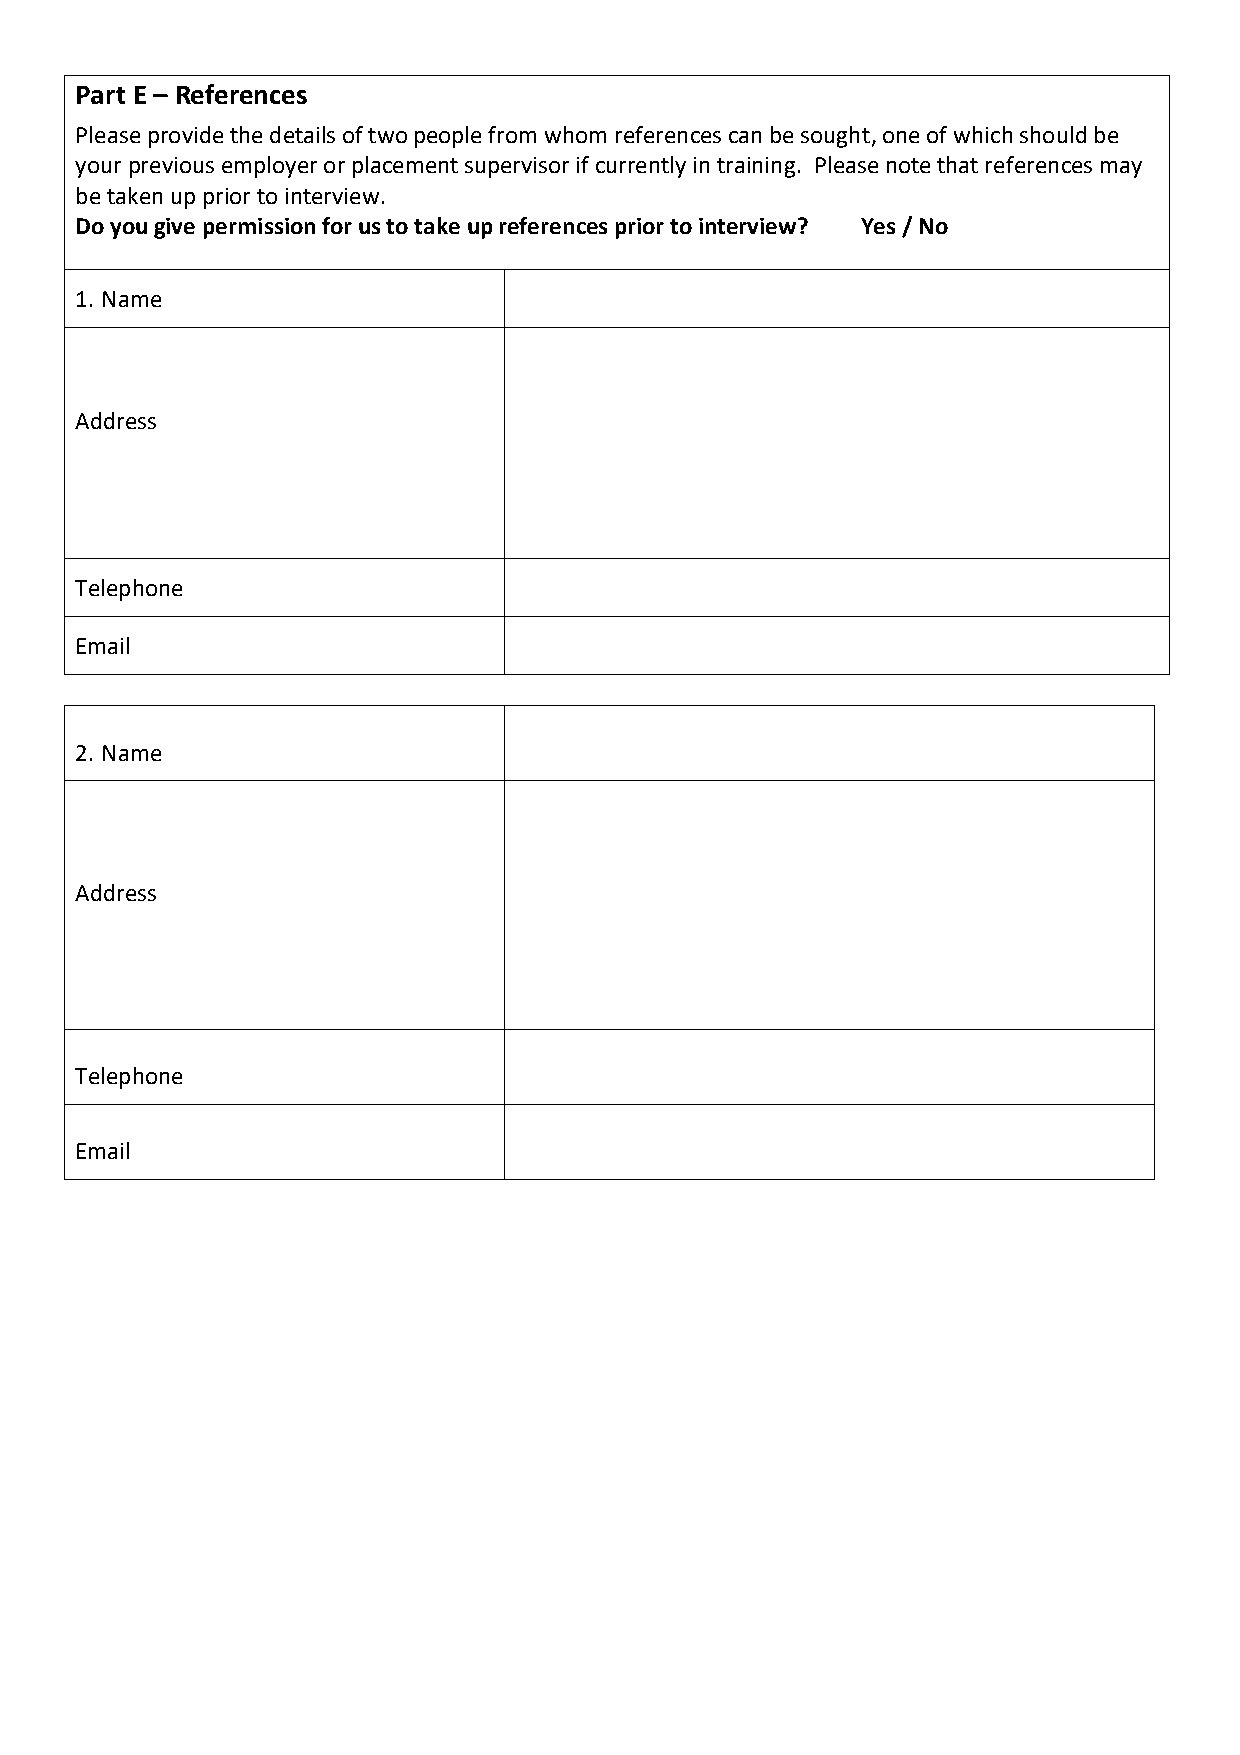
Part E – References
 Please provide the details of two people from whom references can be sought, one of which should be
 your previous employer or placement supervisor if currently in training. Please note that references may
 be taken up prior to interview.
 Do you give permission for us to take up references prior to interview? Yes / No
 1. Name
 Address
 Telephone
 Email
 2. Name
 Address
 Telephone
 Email